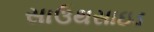
સાઉથસાઇડ